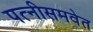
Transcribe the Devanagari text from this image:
पत्‍नीसमवेत